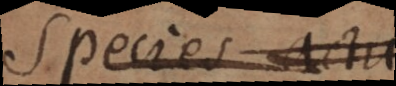
Species actus,